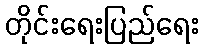
တိုင်းရေးပြည်ရေး